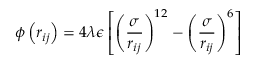
\phi \left( r _ { i j } \right) = 4 \lambda \epsilon \left[ \left( \frac { \sigma } { r _ { i j } } \right) ^ { 1 2 } - \left( \frac { \sigma } { r _ { i j } } \right) ^ { 6 } \right]